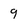
Character: 9